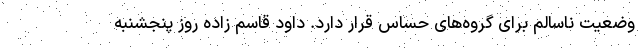
وضعیت ناسالم برای گروه‌های حساس قرار دارد. داود قاسم زاده روز پنجشنبه